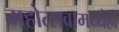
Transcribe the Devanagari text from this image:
महोत्सवामध्येही